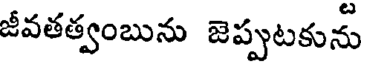
జీవతత్వంబును జెప్పుటకును